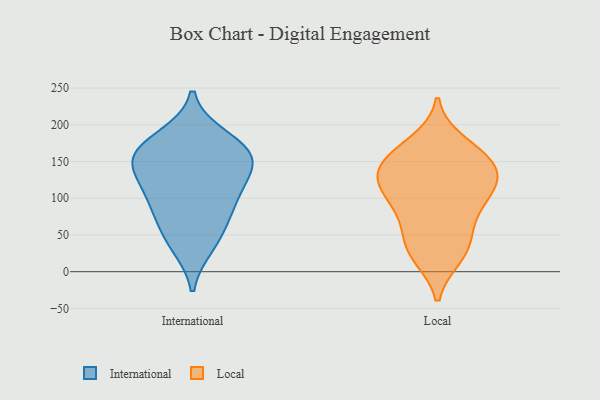
{"axis": {"x": "Conversion Rate (%)", "y": "Value"}, "legend": ["International", "Local"], "data": [{"x": "", "y": 158, "type": "International"}, {"x": "", "y": 163, "type": "International"}, {"x": "", "y": 114, "type": "International"}, {"x": "", "y": 52, "type": "International"}, {"x": "", "y": 162, "type": "International"}, {"x": "", "y": 149, "type": "International"}, {"x": "", "y": 131, "type": "International"}, {"x": "", "y": 90, "type": "International"}, {"x": "", "y": 89, "type": "International"}, {"x": "", "y": 182, "type": "International"}, {"x": "", "y": 37, "type": "International"}, {"x": "", "y": 101, "type": "Local"}, {"x": "", "y": 120, "type": "Local"}, {"x": "", "y": 165, "type": "Local"}, {"x": "", "y": 91, "type": "Local"}, {"x": "", "y": 63, "type": "Local"}, {"x": "", "y": 56, "type": "Local"}, {"x": "", "y": 127, "type": "Local"}, {"x": "", "y": 27, "type": "Local"}, {"x": "", "y": 21, "type": "Local"}, {"x": "", "y": 126, "type": "Local"}, {"x": "", "y": 129, "type": "Local"}, {"x": "", "y": 149, "type": "Local"}, {"x": "", "y": 97, "type": "Local"}, {"x": "", "y": 176, "type": "Local"}, {"x": "", "y": 28, "type": "Local"}, {"x": "", "y": 156, "type": "Local"}, {"x": "", "y": 145, "type": "Local"}]}